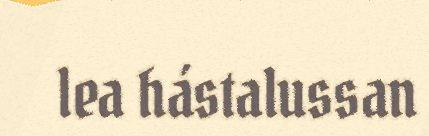
lea hástalussan